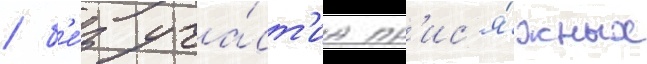
/ б'е́з уча́ст'иа пр'ис'я́жных